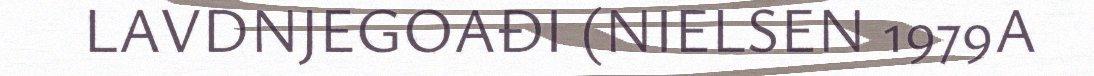
LAVDNJEGOAĐI (NIELSEN 1979A